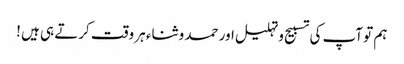
ہم تو آپ کی تسبیح و تہلیل اور حمد و ثناء ہر وقت کرتے ہی ہیں !